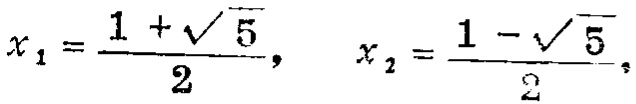
\(x_{1}=\frac{1 + \sqrt{5}}{2}, \quad x_{2}=\frac{1 - \sqrt{5}}{2}\)